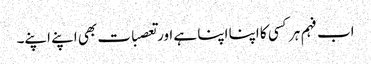
اب فہم ہر کسی کا اپنا اپنا ہے اور تعصبات بھی اپنے اپنے۔